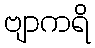
ဗျာကရိ